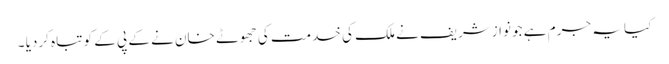
کیا یہ جرم ہے جو نوازشریف نے ملک کی خدمت کی جھوٹے خان نے کے پی کے کو تباہ کردیا ۔